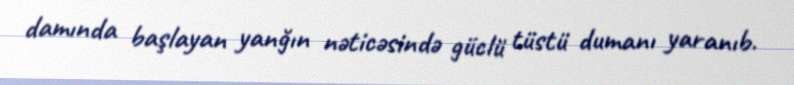
damında başlayan yanğın nəticəsində güclü tüstü dumanı yaranıb.